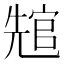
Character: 𭀲